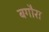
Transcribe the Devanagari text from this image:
बगौरा